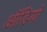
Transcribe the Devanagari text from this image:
आॅडियो